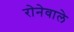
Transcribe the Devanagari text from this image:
रोनेवाले